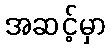
အဆင့်မှာ